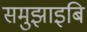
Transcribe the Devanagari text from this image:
समुझाइबि